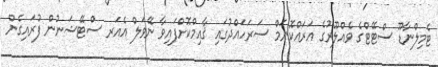
ޓެމިލްނާޑޫ ސްޓޭޓްގެ ވެއްލޫރުގެ އަރައްކޮނަމް ސަރަހައްދުގައި ޤާއިމްކޮށްފައިވާ ނޭވަލް އެއަރ ސްޓޭޝަނުން ފުރައިގެން